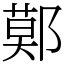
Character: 鄚